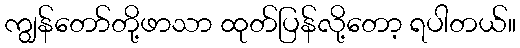
ကျွန်တော်တို့ဖာသာ ထုတ်ပြန်လို့တော့ ရပါတယ်။